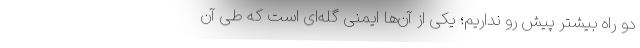
دو راه بیشتر پیش رو نداریم؛ یکی از آن‌ها ایمنی گله‌ای است که طی آن